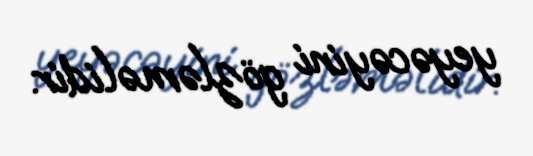
yeyəcəyini gözləməlidir.